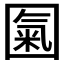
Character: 𡈏